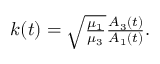
\begin{array} { r } { k ( t ) = \sqrt { \frac { \mu _ { 1 } } { \mu _ { 3 } } } \frac { A _ { 3 } ( t ) } { A _ { 1 } ( t ) } . } \end{array}